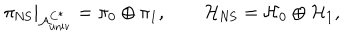
\pi _ { \mathrm { N S } } | _ { { \cal A } _ { \mathrm { u n i v } } ^ { C ^ { * } } } = \pi _ { 0 } \oplus \pi _ { 1 } , \qquad { \cal H } _ { \mathrm { N S } } = { \cal H } _ { 0 } \oplus { \cal H } _ { 1 } ,